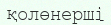
қолөнерші